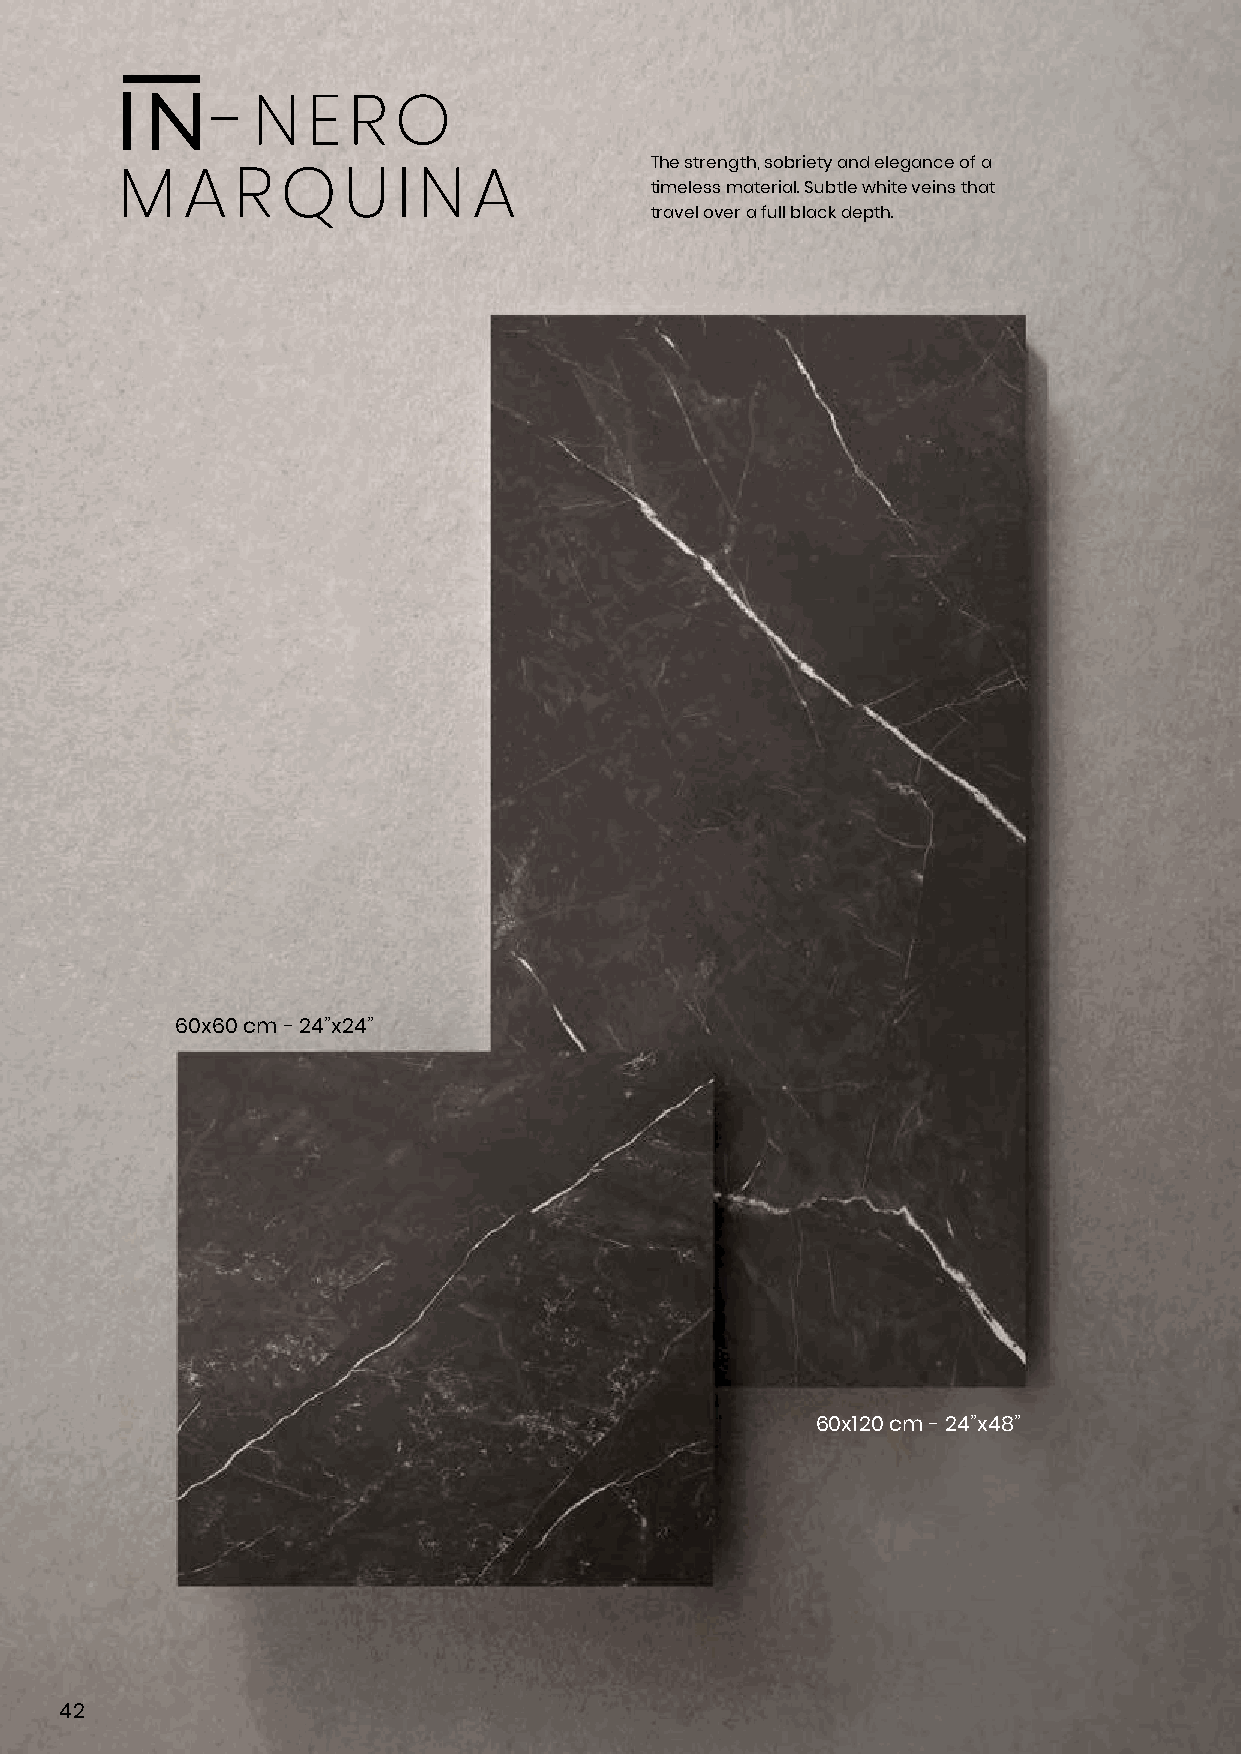
-  N  E  R  O
 The strength, sobriety and elegance of a
 M   A   R  Q   U  I N  A           timeless material. Subtle white veins that
 travel over a full black depth.
 60x60 cm - 24”x24”
 60x120 cm - 24”x48”
 42